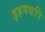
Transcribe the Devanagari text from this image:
इहयद्यपि